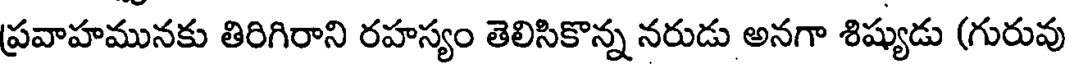
ప్రవాహమునకు తిరిగిరాని రహస్యం తెలిసికొన్న నరుడు అనగా శిష్యుడు (గురువు